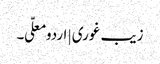
زیب غوری | اردو معلّی ۔